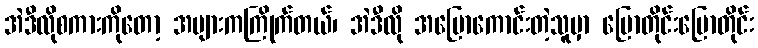
အဲဒီလိုစကားကိုတော့ အများကကြိုက်တယ်၊ အဲဒီလို အပြောကောင်းတဲ့သူမှာ ပြောတိုင်းပြောတိုင်း